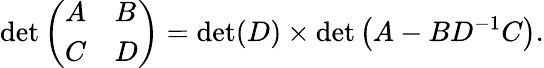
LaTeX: \operatorname*{det}{\left(\begin{array}{ll}{A}&{B}\\ {C}&{D}\end{array}\right)}=\operatorname*{det}(D)\times\operatorname*{det}\left(A-BD^{-1}C\right).